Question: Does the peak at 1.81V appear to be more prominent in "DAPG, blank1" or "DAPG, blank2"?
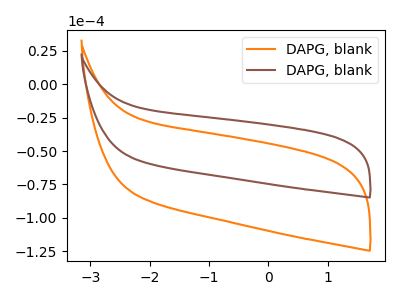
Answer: <think>The orange curve "DAPG, blank1" has no peaks. The brown curve "DAPG, blank2" has no peaks.</think>
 <answer>"DAPG, blank1" and "DAPG, blank2" dont share a peak at 1.81V.</answer>
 <eval>mismatch</eval>